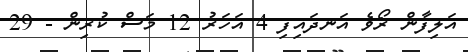
އަލިފާން ރޯވެ އަނދައިފި 4 އަހަރު 12 މަސް ކުރިން - 29